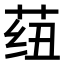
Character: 𬜺